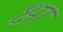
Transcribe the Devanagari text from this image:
क्षा